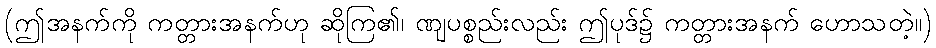
(ဤအနက်ကို ကတ္တားအနက်ဟု ဆိုကြ၏၊ ဏျပစ္စည်းလည်း ဤပုဒ်၌ ကတ္တားအနက် ဟောသတဲ့။)